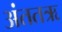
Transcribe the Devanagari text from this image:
अंततऋ